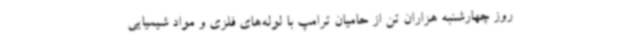
روز چهارشنبه هزاران تن از حامیان ترامپ با لوله‌های فلزی و مواد شیمیایی